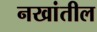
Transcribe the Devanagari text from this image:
नखांतील